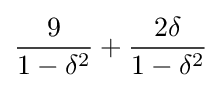
{\frac {9}{1-\delta ^{2}}}+{\frac {2\delta }{1-\delta ^{2}}}